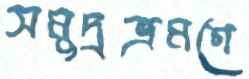
সমুদ্রভ্রমণে